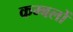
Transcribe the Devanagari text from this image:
कम्बलों